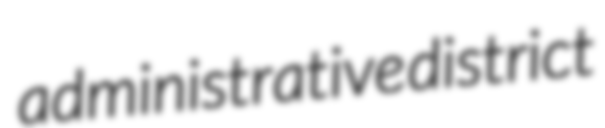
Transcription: administrative district